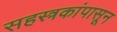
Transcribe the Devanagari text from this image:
सहस्त्रकांपासून